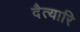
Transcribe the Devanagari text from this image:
दैत्यारि